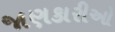
જાણકારીઓ